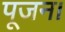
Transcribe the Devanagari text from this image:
पूजन।